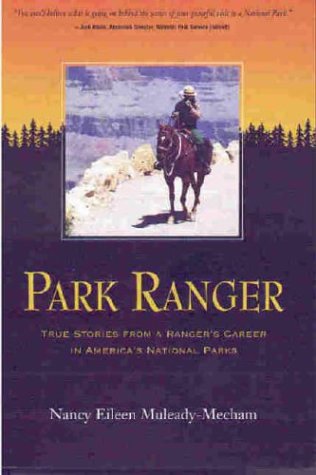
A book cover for Park Ranger True Stories from a Ranger's Career in America's National Parks; Nancy Eileen Muleady-Mecham; Biographies & Memoirs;